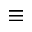
\equiv